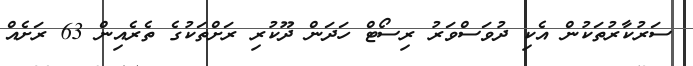
ސަރުކާރުތަކުން އެކި ދުވަސްވަރު ރިސޯޓް ހަދަން ދޫކުރި ރަށްތަކުގެ ތެރެއިން 63 ރަށެއް